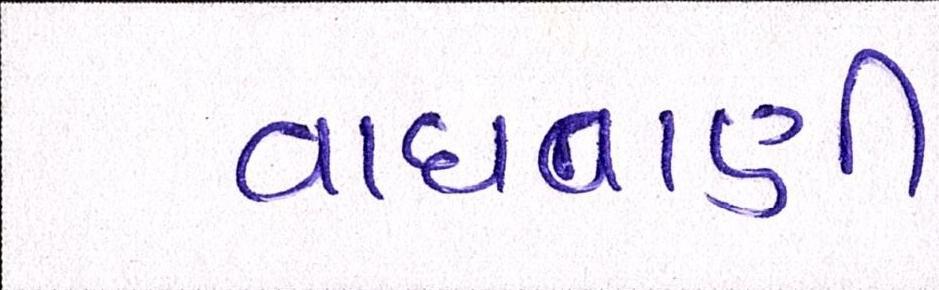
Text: વાધવાણી